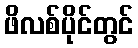
ဖိလစ်ပိုင်တွင်